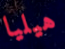
هيليا